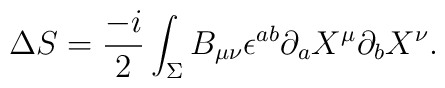
\Delta S=\frac{-i}{2} \int_{\Sigma}B_{\mu \nu} \epsilon ^{ab} \partial_{a}X^{\mu}\partial_{b}X^{\nu}.